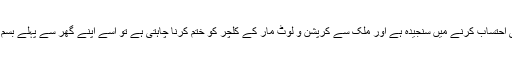
اگر حکومت واقعی احتساب کرنے میں سنجیدہ ہے اور ملک سے کرپشن و لوٹ مار کے کلچر کو ختم کرنا چاہتی ہے تو اسے اپنے گھر سے پہلے بسم اللہ کرنی چاہیئے۔